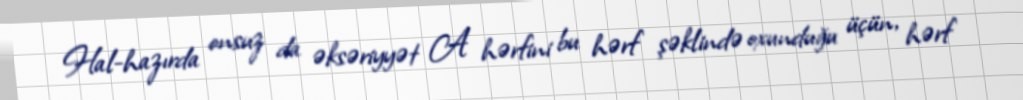
Hal-hazırda onsuz da əksəriyyət A hərfini bu hərf şəklində oxunduğu üçün, hərf